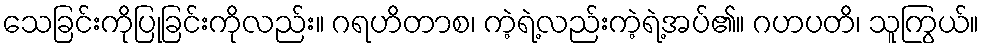
သေခြင်းကိုပြုခြင်းကိုလည်း။ ဂရဟိတာစ၊ ကဲ့ရဲ့လည်းကဲ့ရဲ့အပ်၏။ ဂဟပတိ၊ သူကြွယ်။